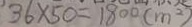
3 6 \times 5 0 = 1 8 0 0 ( m ^ { 2 } )